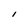
Character: 1